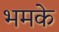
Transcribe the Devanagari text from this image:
भमके